Annual report on the working of the lock hospitals in the Central Provinces
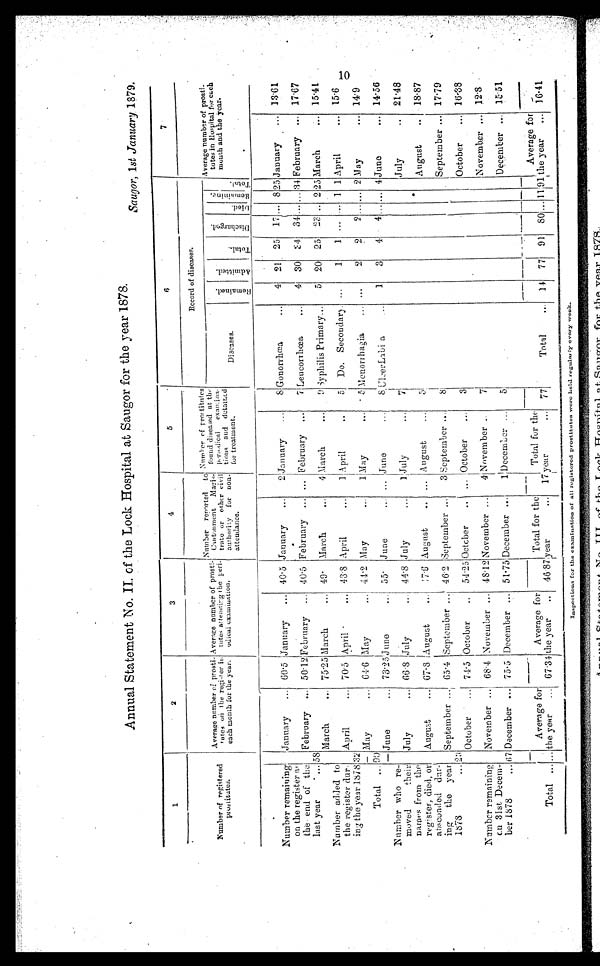
Annual Statement No. II. of the Lock Hospital at Saugor for the year 1878.
Saugor, 1st January 1879.
1
2
3
4
5
6
7
Number of registered
prostitates.
Average number of prosti-
tutes on the register i
n each month for the year.
Average number of prosti-
tutes attending the peri-
odical examination.
Number renorted to
Cantonment Ma
gis- trate or other civil
authority for non
atteudance.
Number of
p r o s t i t u t e s f o u n d d i s e a s e d a t
t h e p e r i e d i c a l e x a m i n a - t i o n s a n d d e t a i n
ed for treatment.
Record of diseases.
Average number of prosti
- totes in Hospital for each
mouth and the year.
Diseases.
R e m a i n e d .
A d m i t t e d .
T o t a l .
D i s c h a r g e d .
D i e d .
R e m a i n i n g .
Total.
Number remaining
on the register
at the end of the
last year
...
January
... 60·5 January
...
40·5
January
...
2 January
...
8 Gonorrhœa. ...
4 21 25 17 ... 8 25 January ...
13·61
58
February ...
50·12 February ... 40.5 February ... ... February ...
7 Leucorrhœa
... 4 30 34 34 ... ... 34 February ... 17·67
March
... 75·25 March ...
49· March
...
4
M a r c h
. . . 9 Syphilis Primary...
5 20 25 23 .. 2 25March
... 15·41
Number added to
the register dur
- ing the year 1878 32
April
... 70·5 April
... 43·8 April
...
1 April
..
5 Do. Secondary. ...
1
1 ...
. . . 1 1 April
... 15·6
May
... 64·6 May
... 44·2 May
...
1 May ... ·5 Menorrhagia
. . .
. . .
2
2
2 ... ... 2 May
... 14·9
Total ... 90
June
... 73·25June
. . .
55· June
... June
... 8 UlcerLabi a
1
3
4
4 ... 4 June
... 14·56
Number who re-
moved their
names from the
register, died, or
absconded dui -
ing the year
1878...
July
... 66·8 July
... 44·8 July
. . . 1 July
...
7
July
.. 21·48
August
...
67·8August ...
47·6 August
... ... August
. . .
5
August
.. 18·87
2 3
September ... 65·4 September ... 46·2 September ...
3 September ...
8
September ... 17·79
October
... 74·5 October
.. 54·25 October
... ... October ...
3
October
... 16·38
Number remaining
on 31st Decem-
ber 1878
...
November ...
68·4 November ... 48·12 November ...
4 November ..
7
November ... 12·8
67 December ... 75·5 December ... 51·75 December ...
1 December ...
5
December ... 15·51
Total ... ...
Average for
the year ... 67 . 34
Average for
the year
..
46·87 Total for the
year ...
17 Total for the
y e a r
. . . 77
Total ..
14 77 91 80 ... 1 1 91
Average for
the year ... 16·41
Inapections for the examination of alt registered prostitutes were held regularly every week.
10